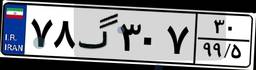
۳۱گ۴۶۲۲۰